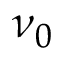
\nu _ { 0 }